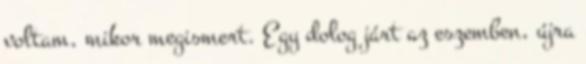
voltam, mikor megismert. Egy dolog járt az eszemben, újra